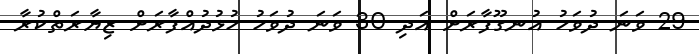
29 ވަނަ ދުވަހު އުނގޫފާރަށް އަދި 30 ވަނަ ދުވަހު ހުޅުދުއްފާރަށް ޒިޔާރަތްކުރާ